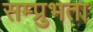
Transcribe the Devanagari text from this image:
सम्प्रुभता